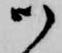
御